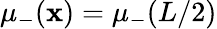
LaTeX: \mu_{-}(\mathbf{x})=\mu_{-}(L/2)